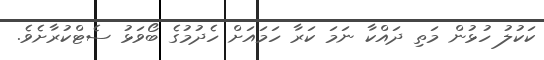
ކަކުލު ހުޅުން މަތި ދައްކާ ނަމަ ކަރާ ހަމައަށް ހެދުމުގެ ބޯވަޅު ސެޓްކުރާށެވެ.